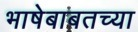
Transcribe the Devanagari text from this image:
भाषेबाबतच्या